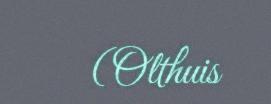
(Olthuis